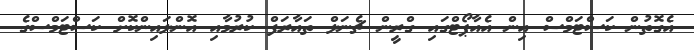
އެގޮތުން ކަސްޓަމްސް އިން އެއާޕޯޓްގައި ގްރީން ޗެނަލް ތައާރަފް ކުުރުމާއި އޮންލައިންކޮށް ކަސްޓަމްސްގެ